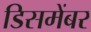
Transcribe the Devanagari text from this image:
डिसमेंबर